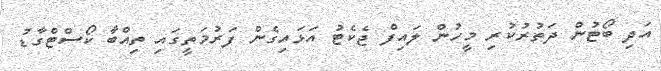
އަދި ބޯޓުން ދަތުރުކުރި މީހުން ލައިފް ޖެކެޓު އަޅައިގެން ފަރުމަތީގައި ތިއްބާ ކޯސްޓްގާޑު